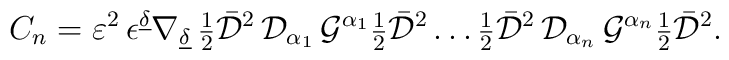
C_n= {\cal{\varepsilon}}^2 \,   \epsilon^{\underline{\delta}}   \nabla_{\underline{\delta}}\,  {\mbox{\small{$\frac12$}}}  \bar{\cal D}^2\, {\cal D}_{\alpha_1}\,  {\cal G}^{\alpha_1} {\mbox{\small{$\frac12$}}}  \bar{\cal D}^2  \ldots  {\mbox{\small{$\frac12$}}} \bar{\cal D}^2 \,  {\cal D}_{\alpha_n}\,  {\cal G}^{\alpha_n}{\mbox{\small{$\frac12$}}}  \bar{\cal D}^2.